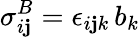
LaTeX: \sigma_{i\mathbf{j}}^{B}=\epsilon_{i\mathbf{j}k}\, b_{k}